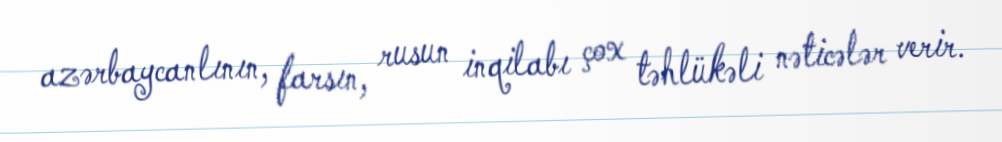
azərbaycanlının, farsın, rusun inqilabı çox təhlükəli nəticələr verir.